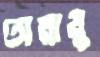
অল্পায়ু